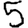
Digit: 5